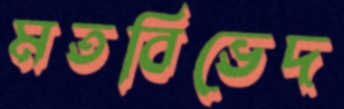
মতবিভেদ